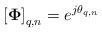
\begin{align*}\left[\mathbf{\Phi} \right]_{q,n} = e^{j\theta_{q,n}} \end{align*}